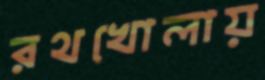
রথখোলায়